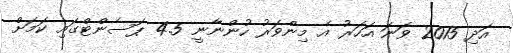
އަދި 2015 ވަނަ އަހަރު އެ މިންވަރު ހުންނާނީ 4.5 ޕަސެންޓްގައި ކަމަށް